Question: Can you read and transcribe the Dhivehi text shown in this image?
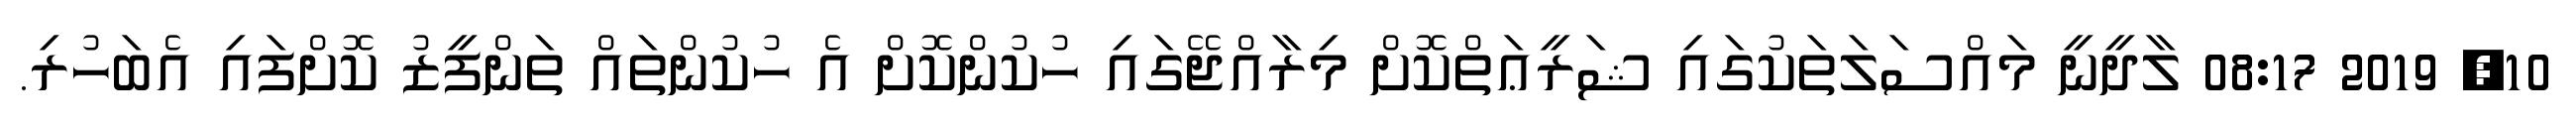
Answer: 10, 2019 08:17 ލާދީނީ މައްސަލަތަކުގައި ޝަރީޢަތްކޮށް މިރާއްޖޭގައި ހުކުންކޮށް އެ ހުކުންތައް ތަންފީޒު ކޮށްފައި އެބަހުރި.